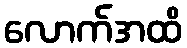
လောက်အထိ